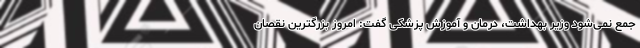
جمع نمی‌شود وزیر بهداشت، درمان و آموزش پزشکی گفت: امروز بزرگترین نقصان